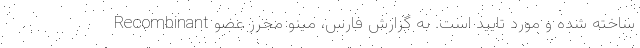
Recombinant ساخته شده و مورد تایید است. به گزارش فارس، مینو محرز عضو